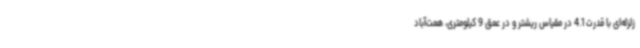
زلزله‌ای با قدرت 4.1 در مقیاس ریشتر و در عمق 9 کیلومتری، همت‌آباد